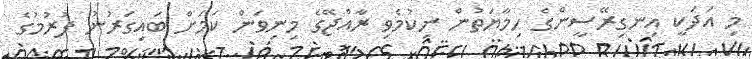
މި އަދަކީ އިނގިރޭސީންގެ ހިމާޔަތުން ނިކުމެވި ރާއްޖޭގެ މިނިވަން ކަމަށް ބައިގަރުނު ފުރުމުގެ